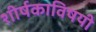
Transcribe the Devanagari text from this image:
शीर्षकाविषयी